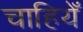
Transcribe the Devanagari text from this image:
चाहियेँ